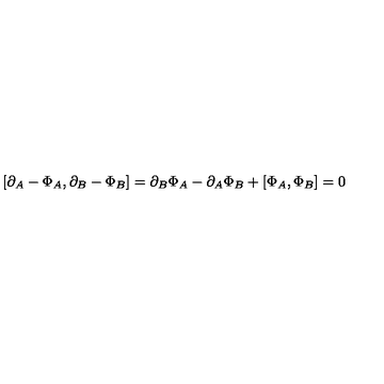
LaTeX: [ \partial _ { A } - \Phi _ { A } , \partial _ { B } - \Phi _ { B } ] = \partial _ { B } \Phi _ { A } - \partial _ { A } \Phi _ { B } + [ \Phi _ { A } , \Phi _ { B } ] = 0